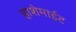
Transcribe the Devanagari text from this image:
हाशेमाईट